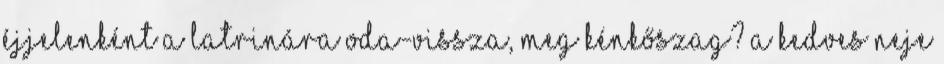
éjjelenként a latrinára oda-vissza, meg kénkőszag? A kedves neje